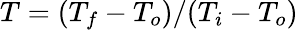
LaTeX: T=(T_{f}-T_{o})/(T_{i}-T_{o})